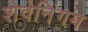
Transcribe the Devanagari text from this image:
शेवेनिंगम